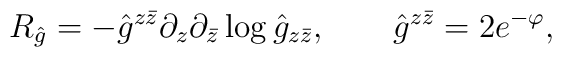
R_{\hat g}=-{\hat g}^{z\bar z}\partial_z\partial_{\bar z}\log {\hat g}_{z\bar z},\qquad \hat g^{z\bar z}=2e^{-\varphi},